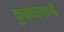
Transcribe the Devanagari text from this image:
कुचकामाची